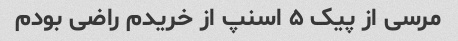
مرسی از پیک ۵ اسنپ از خریدم راضی بودم